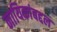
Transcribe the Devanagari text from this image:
नायिकांबद्दल